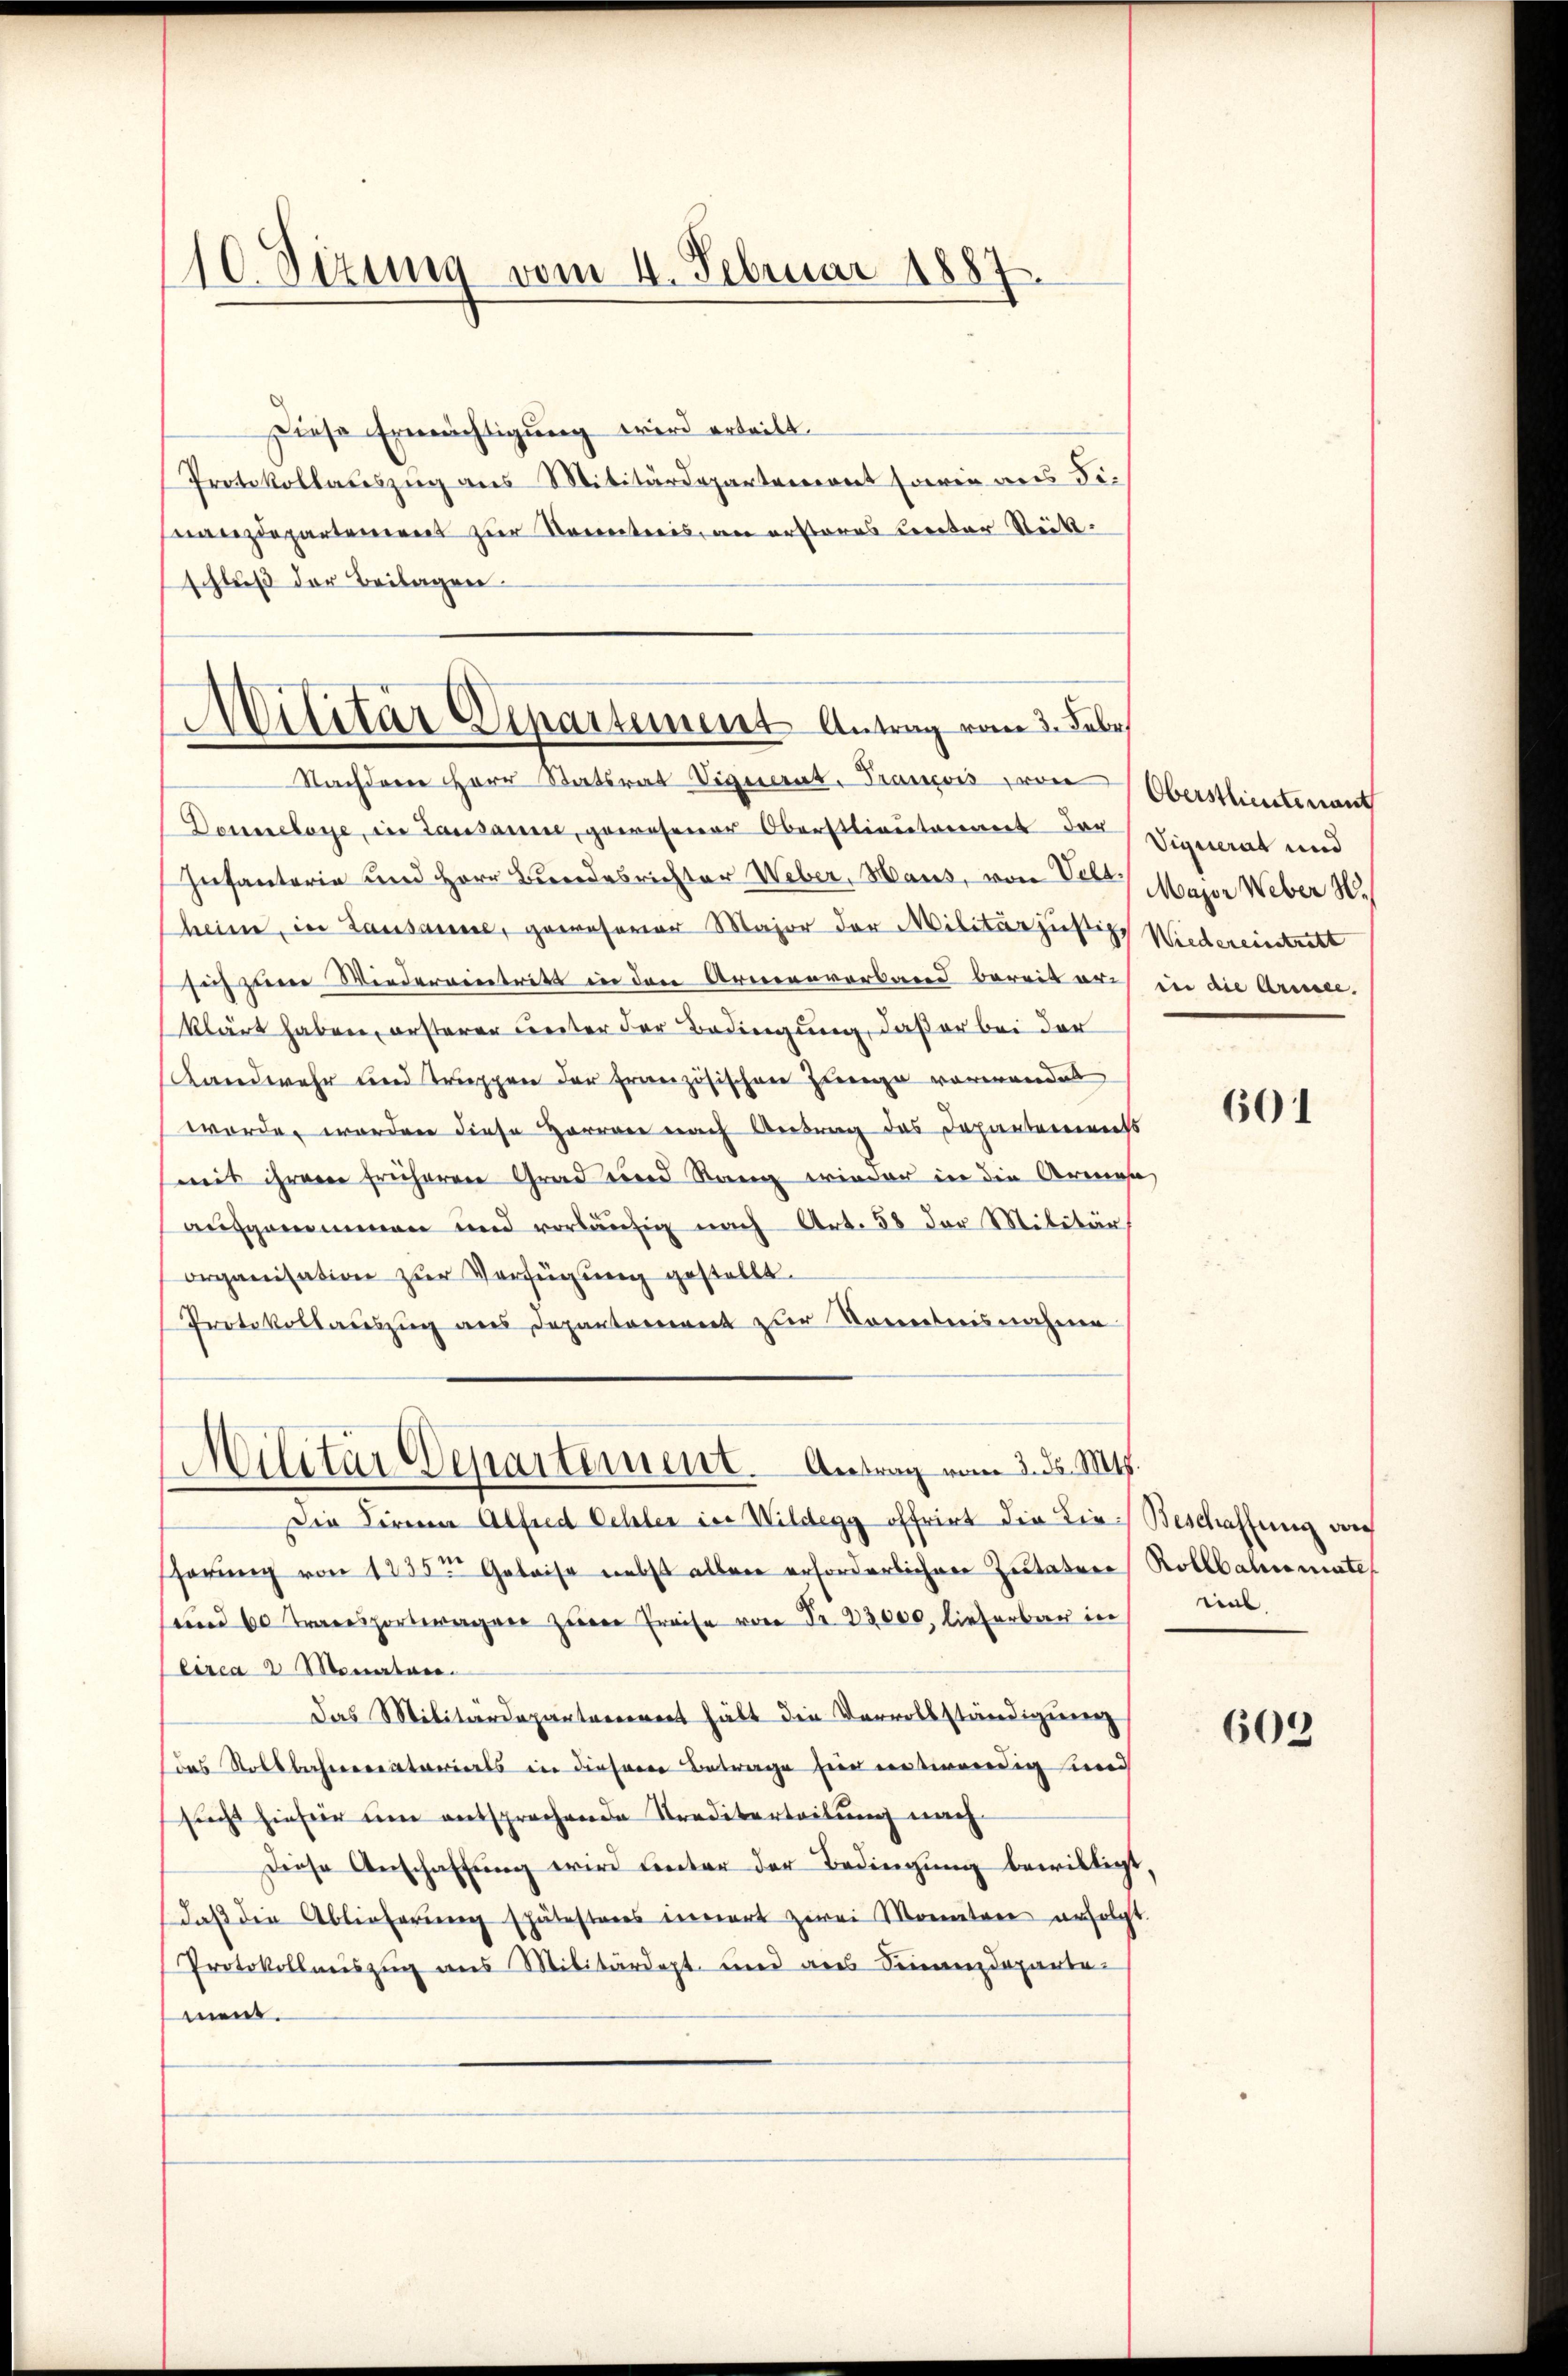
110. Sitzung vom 4. Februar 1887

Diese Ermächtigung wird ertritt.
Protokollauszug aus Militärdepartement sowie aus dizdepartement zur Kontreis, an ersteres Cereter Stück.
schluß der Beilagen.

Militär Departement Antrag vom 3. Febr

Militär Departement. Antrag vom 3. ds. Mts.

Nachderer Herr Statsrat Vignerat. Trancois von
Donerelose, in Lausanne, gewesener Oberstlieutennert der
Infanterie und Herr Bundesrichter Weber, Maus, von Vebe Major Weber N.
heim, in Lausanne, gewesener Major der Militärjustiz, Wiedereintrett
sich zum Wiedereintritt in den Armenverband bereit aus in die Armee.
klärt haben, ersterer Leiter der Bedingung, daß er bei der
Landwehr und Truppen der Französischen Pleno vorwandel
worden worden diese Herren nach Antrag das Departement
mit ihrere früheren Grad und Rang wieder in die Armesa
aŭfgenommen und vorläŭfig nach Art. 58 der Militär
organisation zŭr Verfügŭng gestellt.
Protokollauszug aus Depantoniert zur Kenntnisnahme
Die Firma Alfred Schler in Wildegg offrirt die die Beschaffung von
farŭng von 1235 Geleise nebst allein erforderlichen Zutatere Rollbahnmate
und 60 Transportwagen zur Preise von Fr. 23,000, lieferbar in
Circa 2 Monatare.
das Militärdeparterrent hält die Vervollständigung
das Stollbahnerratorierts in diesem Betrage hier entwendig und
sucht hiefür um entsprechende Krediterteilung nach
Diese Anschaffung wird unter der Bedingung bewilligt
daβ die Ablieferung spätesteres innert zwei Monatore erfolgt.
Protokollauszug aus Militärdept und aus Seinendepartemen.

Oberstlieutenant
Viquerat und

601

tiel

603